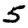
Digit: 5